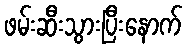
ဖမ်းဆီးသွားပြီးနောက်